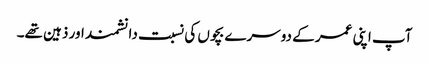
آپ اپنی عمر کے دوسرے بچوں کی نسبت دانشمند اور ذہین تھے۔